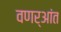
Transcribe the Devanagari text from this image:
वणर्आंत